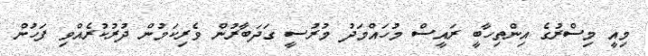
މިއީ މިސްރުގެ އިންތިހާބީ ރައީސް މުހައްމަދު މުރުސީ ގަދަބާރުން ވެރިކަމުން ދުރުކުރެއްވި ފަހުން